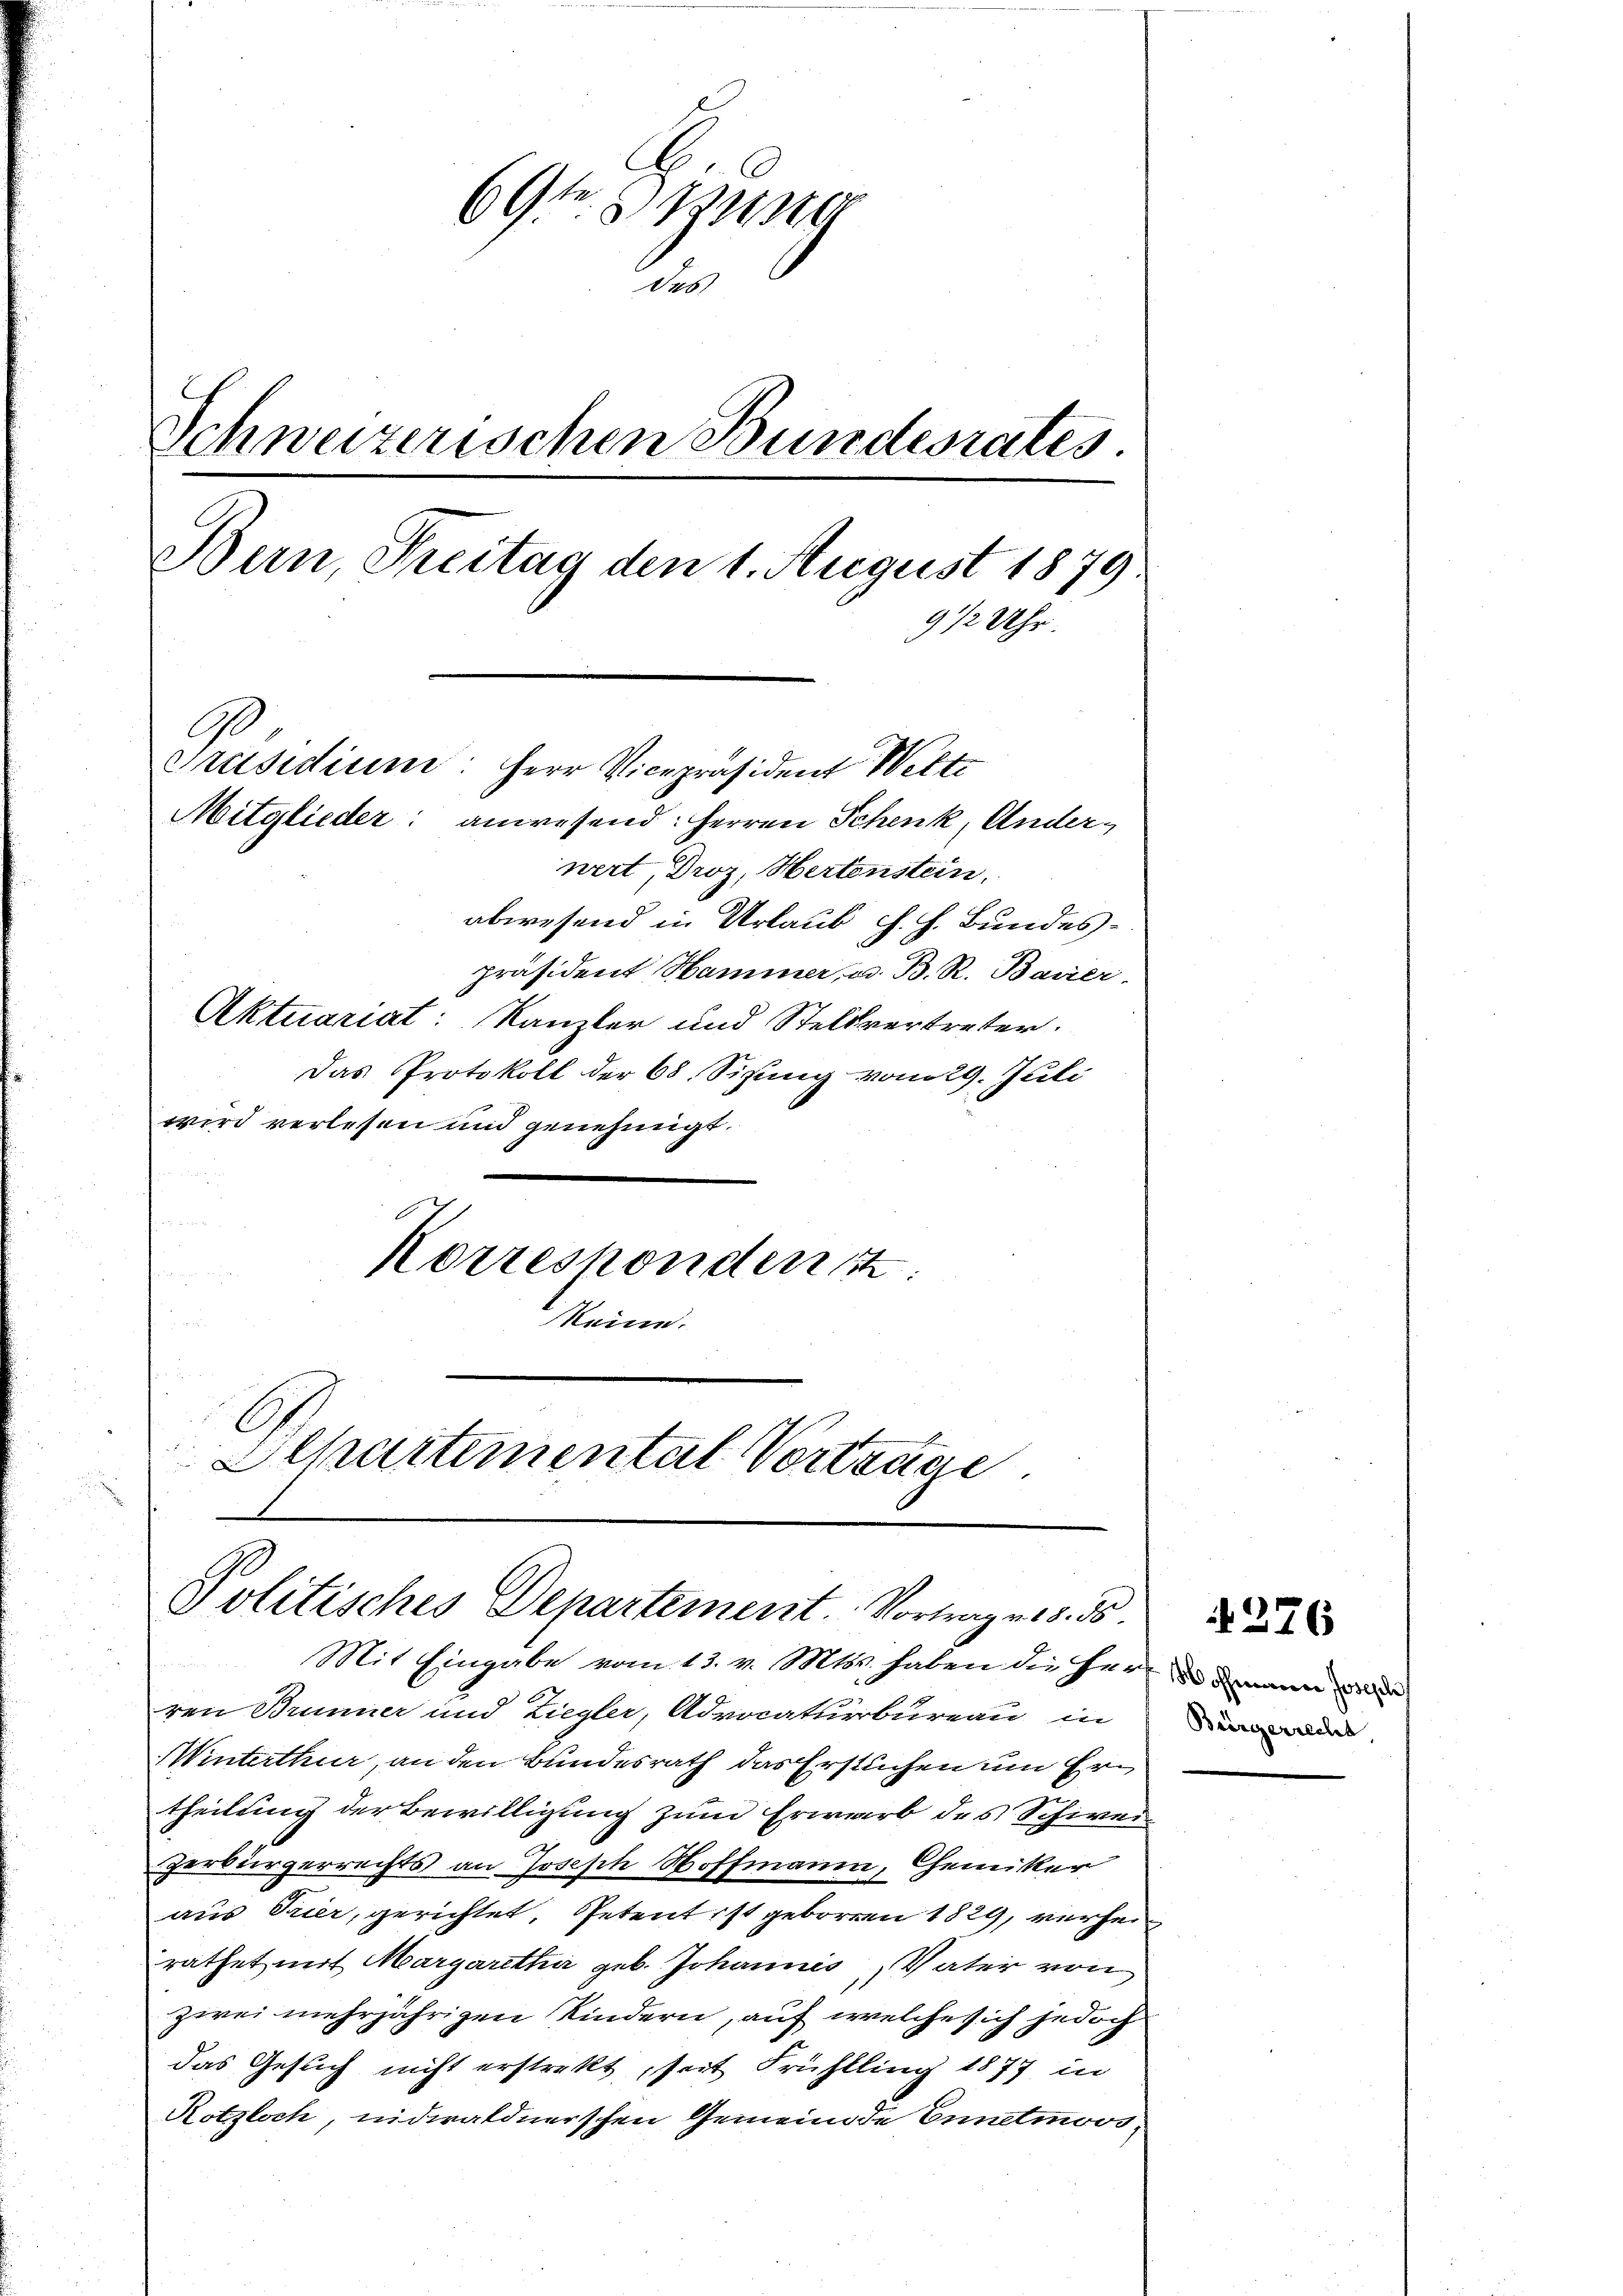
69te Zusta
des
Schweizerischen Bundesrates.
Bern, Freitag den 1. August 1879
9 12 Uhr.
Präsidium: Herr Vicepräsident Welt
Mitglieder: anwesend: Herren Schenk, Anderwert, Droz, Hertenstein.
abwesend in Urlaub d. h. Bundespräsident Hammer u. B. R. Baurer-
Aktuariat: Kanzler und Stellvertreter.

Das Protokoll der 68 Sizung vom 29. Juli
wird verlesen und genehmigt.
Korrespondenz
Meine.
u
E
Schartemental Vorträge.

Mit Eingabe vom 13. v. Mts. haben die Herren dann d
ren Brunner und Ziegler, Advocaturbureau in
WWinterthur, an den Bundesrath das Erstuchen um Ertheilung der Bewilligung zum Erwarb des Schwei
Zerbürgerrechts an Joseph Hoffmann, Chemiker
aus Trier, gerichtet, Petent ist geboren 1829, verhei
rathet mit Margaretha geb. Johannis, Vater von
zwei mehrjährigen Kindern, auf welche sich jedoch
das Gesuch nicht erstrekt seit Frühling 1877 in
Rotzloch, nideraldnerschen Gemeinde Ennetmoos,

Politisches Departement. Vortrage 5. ds.

Bürgerrecht,

276